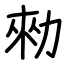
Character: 勑